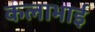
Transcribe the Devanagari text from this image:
कलाभाई